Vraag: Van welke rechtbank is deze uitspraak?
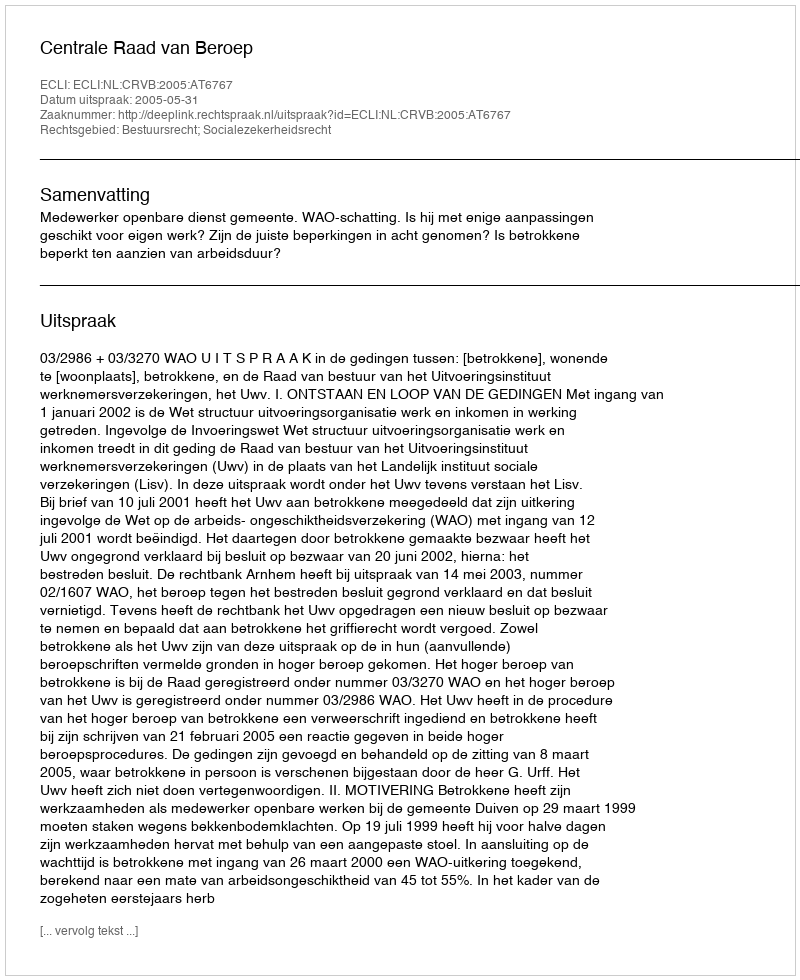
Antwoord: Centrale Raad van Beroep